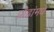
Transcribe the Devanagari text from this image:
प्रौढांमधे